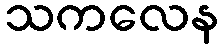
သကလေန